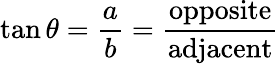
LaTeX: \tan\theta={\frac{a}{b}}={\frac{\mathrm{opposite}}{\mathrm{adjacent}}}